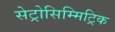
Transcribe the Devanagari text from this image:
सेट्रोसिम्मिट्रिक